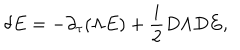
\delta E = - \partial _ { \tau } ( \Lambda E ) + { \frac { i } { 2 } } D \Lambda D E ,